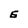
Character: E